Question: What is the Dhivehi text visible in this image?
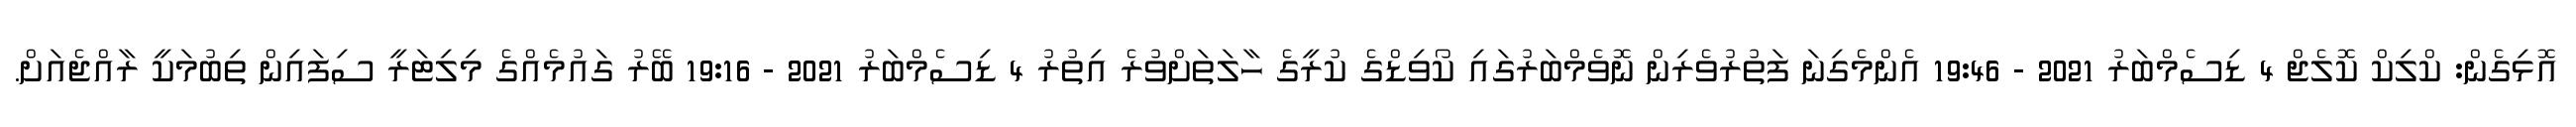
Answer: އޮޅިގެން: ކްލިކް ކޮލެޖް 4 ޑިސެމްބަރު 2021 - 19:46 އެންމެގިނަ ފަތުރުވެރިން ނޮވެމްބަރުގައި ކޯވިޑްގެ ކުރީގެ ހާލަތަށްވުރެ އިތުރު 4 ޑިސެމްބަރު 2021 - 19:16 ބޭރު ގައުމެއްގެ މިލިޓަރީ ސިފައިން ތިބުމަކީ ރާއްޖެއަށް.